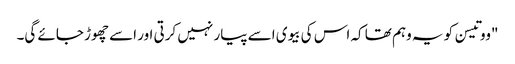
"ووتیسن کو یہ وہم تھا کہ اس کی بیوی اسے پیار نہیں کرتی اور اسے چھوڑ جائے گی۔